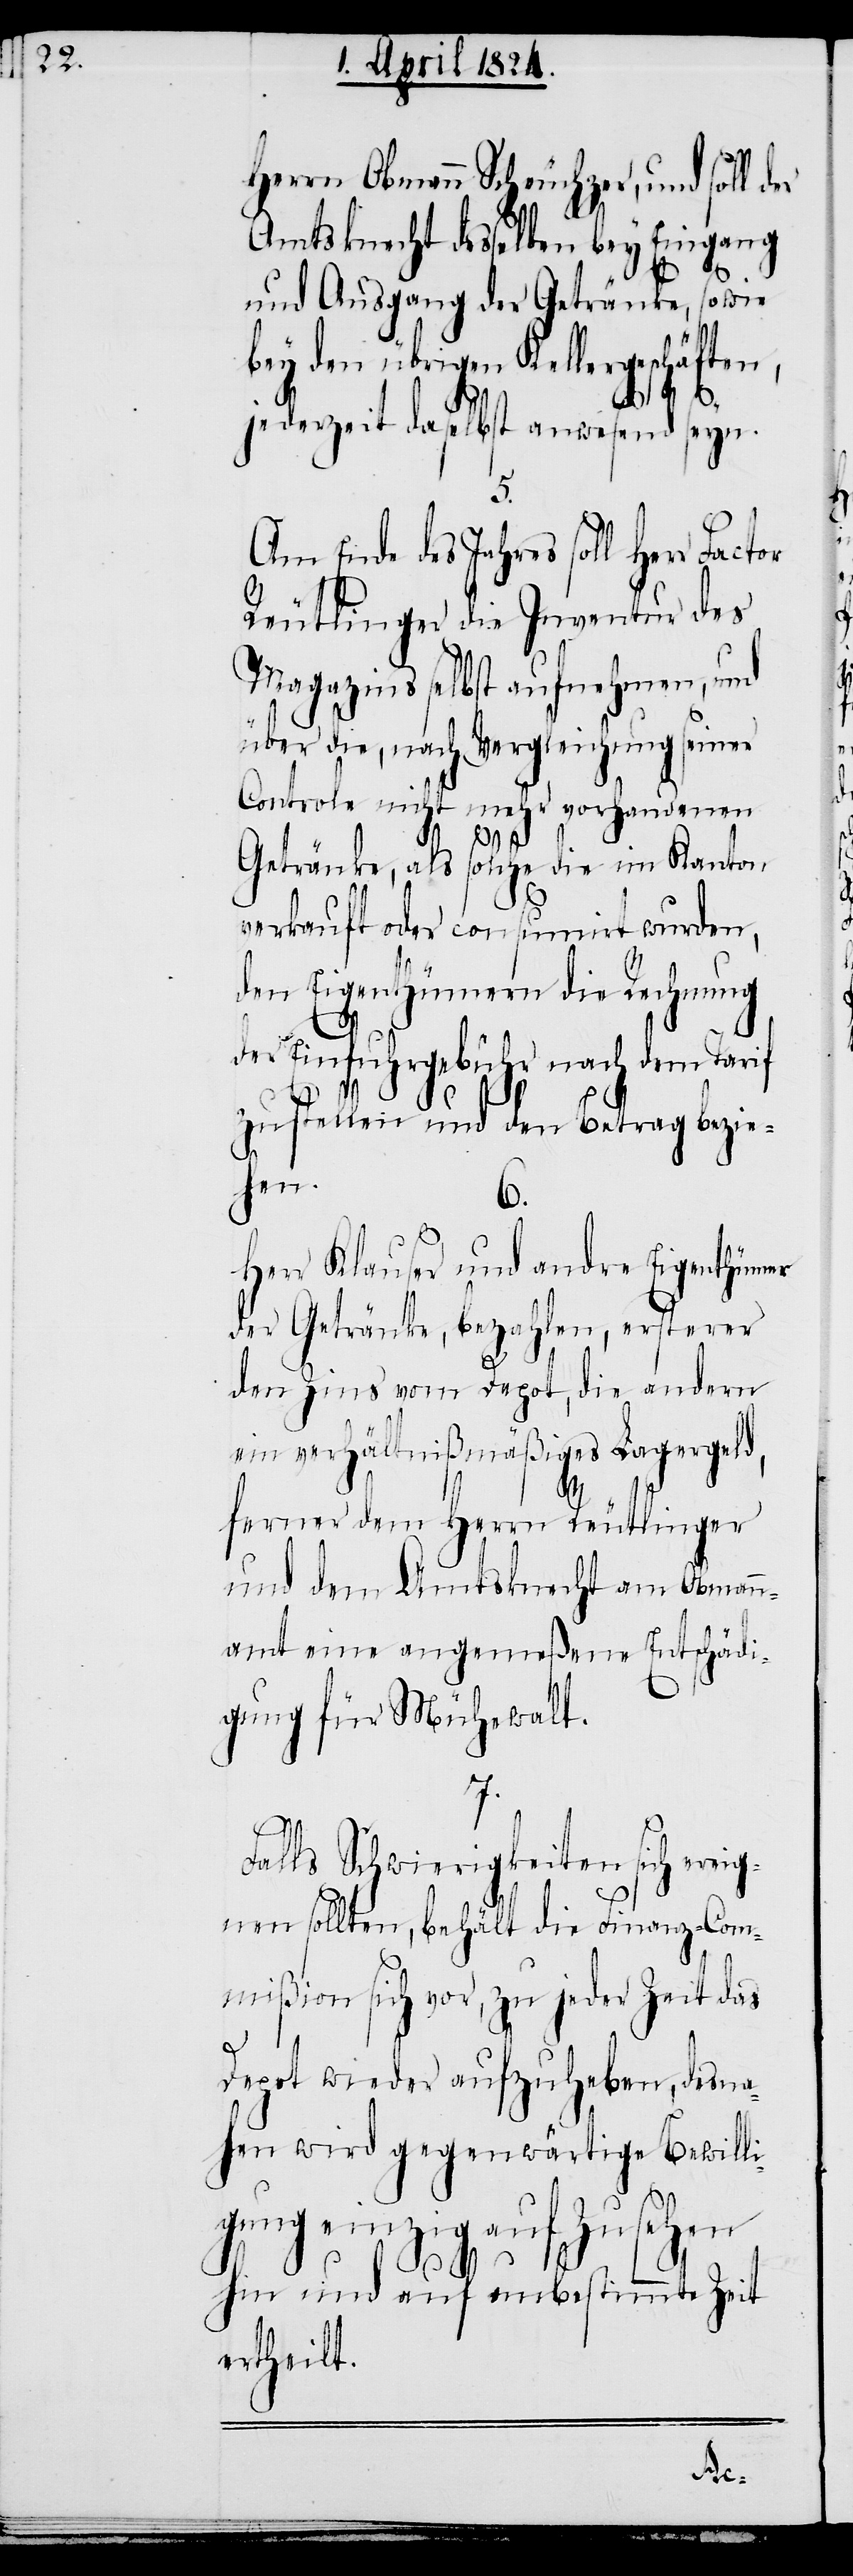
Herrn Obmann Scheuchzer, und soll d¬
Amtsknecht desselben bey Eingang
und Ausgang der Getränke, sowie
bey den übrigen Kellergeschäften,
5.
jederzeit daselbst anwesend seyn.
Am Ende des Jahres soll Herr
Reutlinger die Inventur des
Magazins selbst aufnehmen, und
über die, nach Vergleichung seiner
Controle nicht mehr vorhandenen
7.
Getränke, als solche die im Kanton
verkauft oder consumirt wurden,
den Eigenthümern die Rechnung
der Einfuhrgebühr nach dem Tarif
zustellen und den Betrag bezie¬
hen.
6.
Herr Klauser und andre Eigenthümer
der Getränke, bezahlen, ersterer
den Zins vom Depot, die andern
ein verhältnißmäßiges Lagergeld,
ferner dem Herrn Reutlinger
und dem Amtsknecht am Obman¬
namt eine angemeßene Entschädi¬
gung für Mühegewalt.
Falls Schwierigkeiten sich erei¬
gnen sollten, behält die Finanz-Com¬
mißion sich vor, zu jeder Zeit das
Depot wieder aufzuheben, desna¬
hen wird gegenwärtige Bewilli¬
gung einzig auf Zusehen
hin und auf unbestimmte Zeit
ertheilt.
er